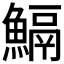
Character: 𩹺